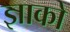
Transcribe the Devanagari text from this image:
ज्ञाको